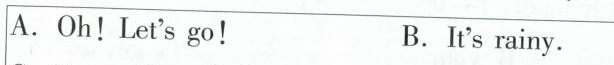
A. Oh!Let'sgo! B.It's rainy.